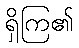
ရှိကြ၏